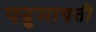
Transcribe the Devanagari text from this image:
पदुमावती